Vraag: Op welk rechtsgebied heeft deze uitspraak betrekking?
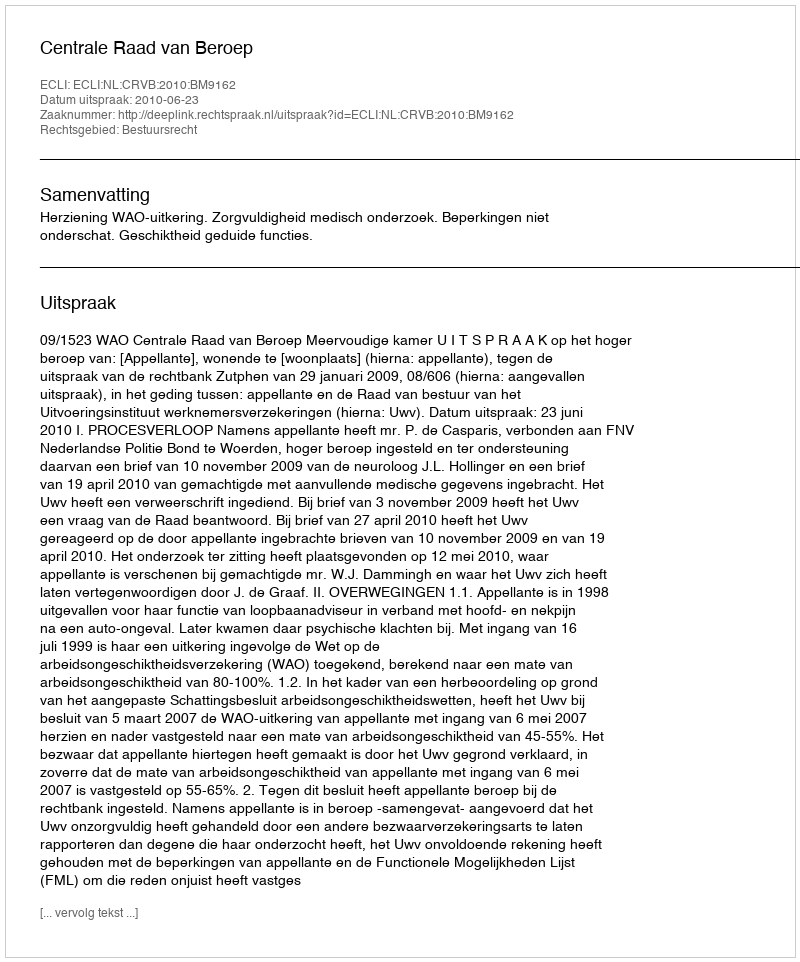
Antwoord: Bestuursrecht